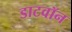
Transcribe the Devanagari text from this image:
डाटवॉन